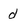
Character: d